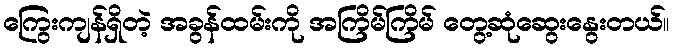
ကြွေးကျန်ရှိတဲ့ အခွန်ထမ်းကို အကြိမ်ကြိမ် တွေ့ဆုံဆွေးနွေးတယ်။